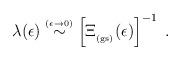
LaTeX: \begin{align*}\lambda(\epsilon) \stackrel{\scriptscriptstyle (\epsilon \rightarrow 0)}{\sim}\left[\Xi_{_{\rm (gs)}} (\epsilon)\right]^{-1}\; .\end{align*}